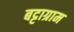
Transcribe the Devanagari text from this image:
बट्टाग्राम